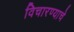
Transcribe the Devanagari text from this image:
विचारण्याचे